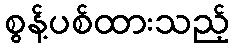
စွန့်ပစ်ထားသည့်